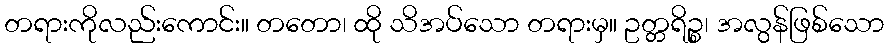
တရားကိုလည်းကောင်း။ တတော၊ ထို သိအပ်သော တရားမှ။ ဥတ္တရိဉ္စ၊ အလွန်ဖြစ်သော